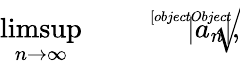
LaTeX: \operatorname*{limsup}_{n\rightarrow\infty}{\sqrt[[objectObject]]{|a_{n}|}},